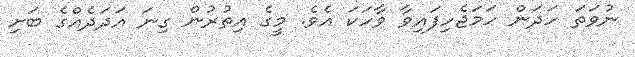
ނުވަތަ ހަދަން ހަމަޖެހިފައިވާ ވާހަކަ އެވެ. މީގެ އިތުރުން ގިނަ އަދަދެއްގެ ބަށި